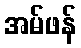
အမ်ဖန်